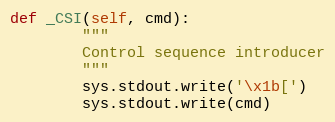
Language: Python
def _CSI(self, cmd):
        """
        Control sequence introducer
        """
        sys.stdout.write('\x1b[')
        sys.stdout.write(cmd)